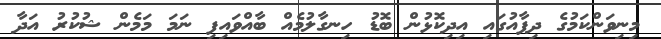
މިނިވަންކަމުގެ ދިފާއުގައި އިދިކޮޅުން ބޮޑު ހިނގާލުމެއް ބާއްވައިފި ނަމަ މަމެން ޝުކުރު އަދާ